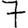
Digit: 7